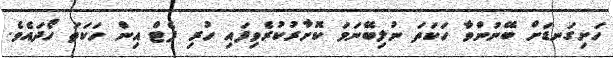
ހަށިގަނޑަށް ބޭނުންވާ ހަކަތަ ނުލިބޭނަމަ ކޮށާރުކުރެވިފައި ހުރި ފެޓް އިން ހަކަތަ ހޯދައެވެ.